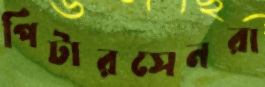
পিটারসেনরা